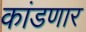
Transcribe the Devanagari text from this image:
कांडणार